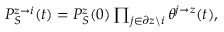
\begin{array} { r } { P _ { S } ^ { z \rightarrow i } ( t ) = P _ { S } ^ { z } ( 0 ) \prod _ { j \in \partial z \backslash i } \theta ^ { j \rightarrow z } ( t ) , } \end{array}